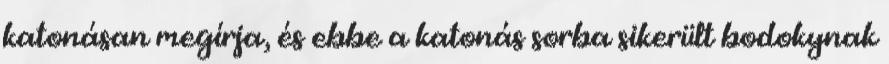
katonásan megírja, és ebbe a katonás sorba sikerült bodokynak